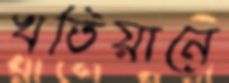
খতিয়ানে